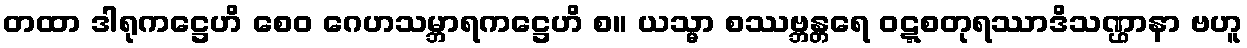
တထာ ဒါရုကဋ္ဌေဟိ စေဝ ဂေဟသမ္ဘာရကဋ္ဌေဟိ စ။ ယသ္မာ စဿဗ္ဘန္တရေ ဝဋ္ဋစတုရဿာဒိသဏ္ဌာနာ ဗဟူ